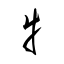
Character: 牜